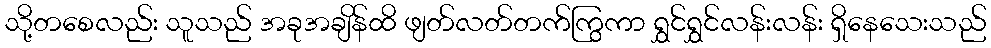
သို့တစေလည်း သူသည် အခုအချိန်ထိ ဖျတ်လတ်တက်ကြွကာ ရွှင်ရွှင်လန်းလန်း ရှိနေသေးသည်